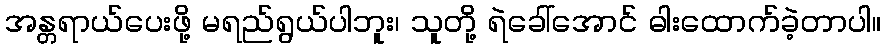
အန္တရာယ်ပေးဖို့ မရည်ရွယ်ပါဘူး၊ သူတို့ ရဲခေါ်အောင် ဓါးထောက်ခဲ့တာပါ။